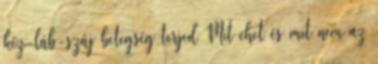
kéz-láb-száj betegség terjed Mit ehet és mit nem az